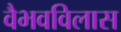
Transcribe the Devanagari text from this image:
वैभवविलास